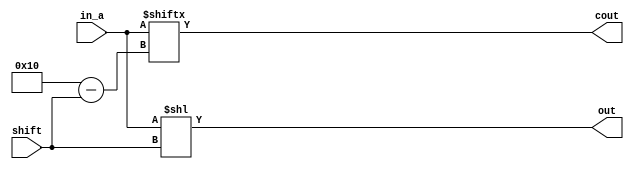
module LEFT_SHIFTER_N_BIT(cout, out, in_a, shift);
	parameter size = 16;
	parameter m = 4;

	input [size-1:0] in_a;
	input [m-1:0] shift;
	output [size-1:0] out;
	output cout; 

	wire [size-1:0] out;
	wire cout; 


	assign out = in_a<< shift;
	assign cout = in_a[size-shift];	// Carry


endmodule